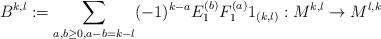
LaTeX: \begin{align*}B^{k,l} := \sum_{a,b \geq 0, a-b=k-l} (-1)^{k-a} E_{1}^{(b)} F_{1}^{(a)} 1_{(k,l)} : M^{k,l} \rightarrow M^{l,k}\end{align*}